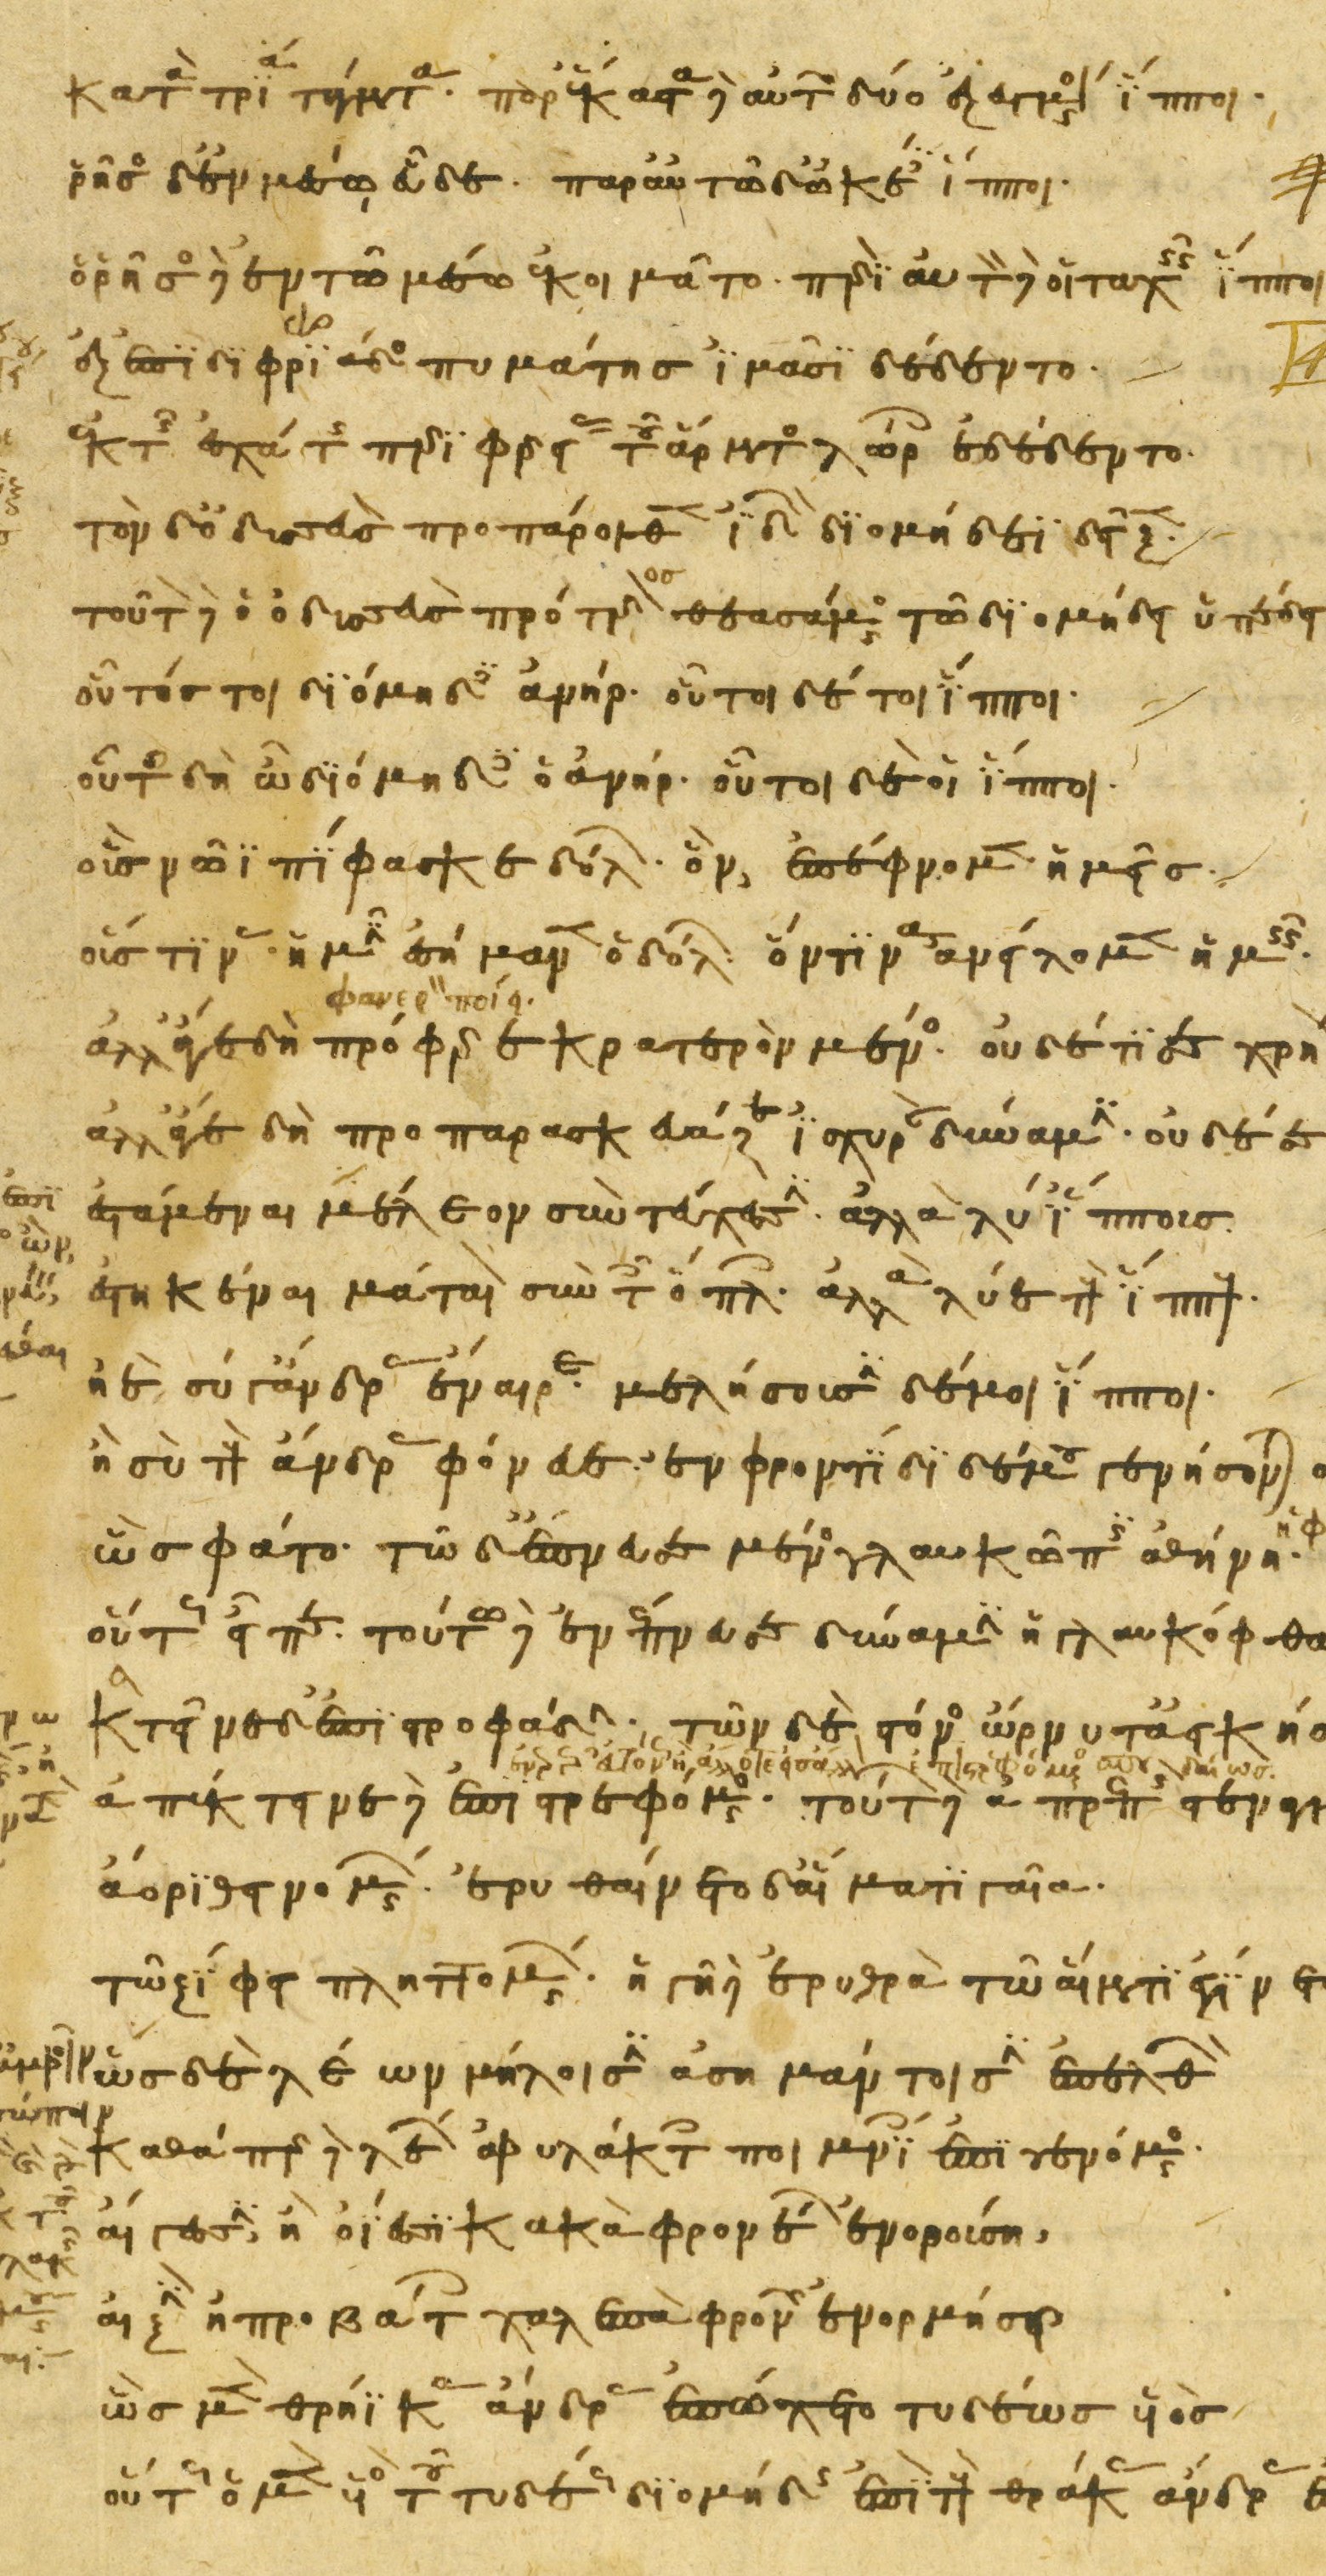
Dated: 1200–1299